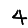
Digit: 4